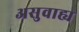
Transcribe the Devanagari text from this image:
असुवाह्य